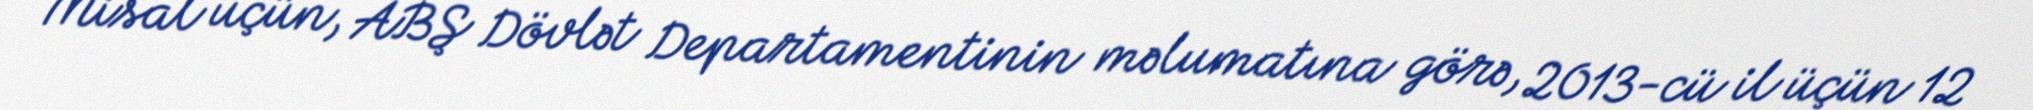
Misal üçün, ABŞ Dövlət Departamentinin məlumatına görə, 2013-cü il üçün 12